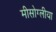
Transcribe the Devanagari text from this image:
मीसोग्लीया